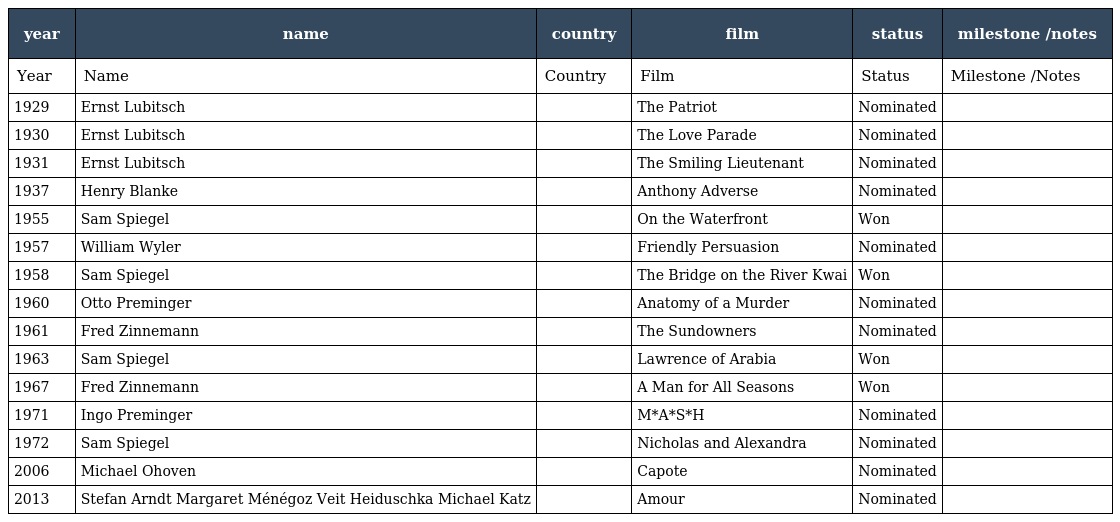
| year | name | country | film | status | milestone /notes |
 | --- | --- | --- | --- | --- | --- |
 | Year | Name | Country | Film | Status | Milestone /Notes |
 | 1929 | Ernst Lubitsch |  | The Patriot | Nominated |  |
 | 1930 | Ernst Lubitsch |  | The Love Parade | Nominated |  |
 | 1931 | Ernst Lubitsch |  | The Smiling Lieutenant | Nominated |  |
 | 1937 | Henry Blanke |  | Anthony Adverse | Nominated |  |
 | 1955 | Sam Spiegel |  | On the Waterfront | Won |  |
 | 1957 | William Wyler |  | Friendly Persuasion | Nominated |  |
 | 1958 | Sam Spiegel |  | The Bridge on the River Kwai | Won |  |
 | 1960 | Otto Preminger |  | Anatomy of a Murder | Nominated |  |
 | 1961 | Fred Zinnemann |  | The Sundowners | Nominated |  |
 | 1963 | Sam Spiegel |  | Lawrence of Arabia | Won |  |
 | 1967 | Fred Zinnemann |  | A Man for All Seasons | Won |  |
 | 1971 | Ingo Preminger |  | M*A*S*H | Nominated |  |
 | 1972 | Sam Spiegel |  | Nicholas and Alexandra | Nominated |  |
 | 2006 | Michael Ohoven |  | Capote | Nominated |  |
 | 2013 | Stefan Arndt Margaret Ménégoz Veit Heiduschka Michael Katz |  | Amour | Nominated |  |